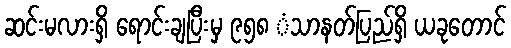
ဆင်းမလားရှိ ရောင်းချပြီးမှ ၉၅၈ ံသာနတ်ပြည်ရှိ ယခုတောင်